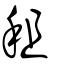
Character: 租